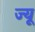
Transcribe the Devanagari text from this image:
ज्‍यू